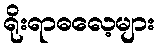
ရိုးရာဓလေ့များ